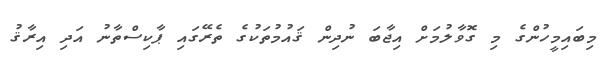
މިބައިމީހުންގެ މި ގޮވާލުމަށް އިޖާބަ ނުދިން ޤައުމުތަކުގެ ތެރޭގައި ޕާކިސްތާނު އަދި އިރާޤު